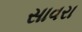
સાવરા